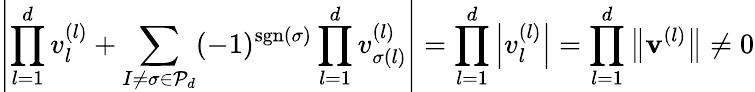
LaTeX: \left|\prod_{l=1}^{d}v_{l}^{(l)}+\sum_{I\neq\sigma\in\mathcal{P}_{d}}(-1)^{\operatorname{sgn}(\sigma)}\prod_{l=1}^{d}v_{\sigma(l)}^{(l)}\right|=\prod_{l=1}^{d}\left|v_{l}^{(l)}\right|=\prod_{l=1}^{d}\big\Vert\mathbf{v}^{(l)}\big\Vert\neq 0